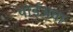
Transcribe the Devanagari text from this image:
पोईअवा